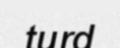
turd